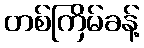
တစ်ကြိမ်ခန့်